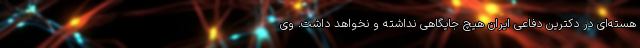
هسته‌ای در دکترین دفاعی ایران هیچ جایگاهی نداشته و نخواهد داشت. وی